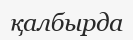
қалбырда